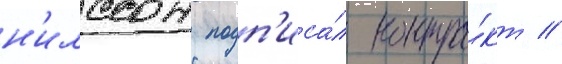
н'илссон подп'иса́л контра́кт //